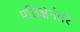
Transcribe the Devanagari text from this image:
प्रतिक्षेनंतर